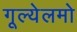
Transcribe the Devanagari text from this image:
गूल्येलमो